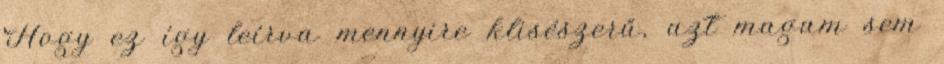
Hogy ez így leírva mennyire klisészerű, azt magam sem